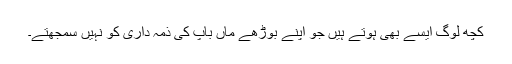
کچھ لوگ ایسے بھی ہوتے ہیں جو اپنے بوڑھے ماں باپ کی ذمہ داری کو نہیں سمجھتے۔